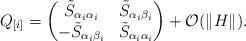
LaTeX: \begin{align*} Q_{[i]}=\begin{pmatrix} \tilde{S}_{\alpha_i \alpha_i} & \tilde{S}_{\alpha_i \beta_i} \\ -\tilde{S}_{\alpha_i \beta_i} & \tilde{S}_{\alpha_i \alpha_i} \end{pmatrix}+\mathcal{O}(\|H\|).\end{align*}